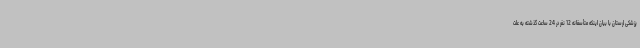
پزشکی لرستان با بیان اینکه متأسفانه 12 نفر در 24 ساعت گذشته به علت